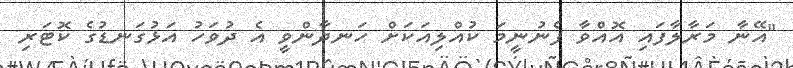
"އޭނާ މަރާލާފައި އޮއްވާ ފެނުނީމަ ކުއްލިއަކަށް ހަނދާންވީ އެ ދުވަހު އަޅުގަނޑުގެ ކޮޓަރި